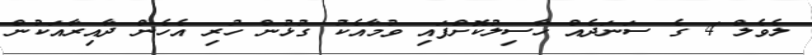
ލެވެލް 4 ގެ ސަނަދެއް ހާސިލުކޮށްފައި ވުމާއެކު ގުޅުން ހުރި އެހެން ދާއިރާއަކުން